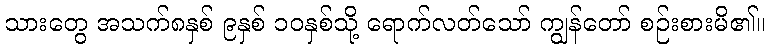
သားတွေ အသက်၈နှစ် ၉နှစ် ၁၀နှစ်သို့ ရောက်လတ်သော် ကျွန်တော် စဉ်းစားမိ၏။